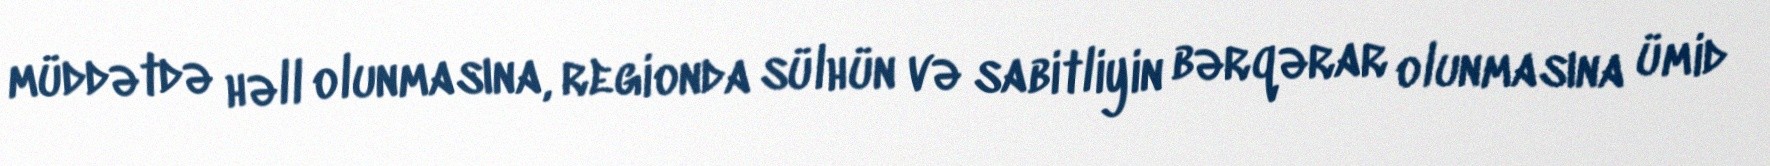
müddətdə həll olunmasına, regionda sülhün və sabitliyin bərqərar olunmasına ümid